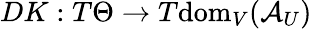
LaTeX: DK:T\Theta\to T\mathrm{dom}_{V}(\mathcal{A}_{U})